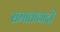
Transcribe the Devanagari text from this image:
समातावादी